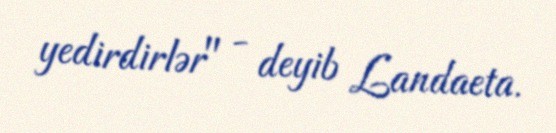
yedirdirlər" - deyib Landaeta.